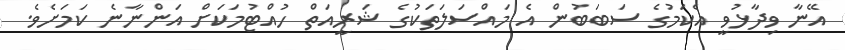
އޭނާ ވިދާޅުވީ އެކަމުގެ ސަބަބުން އެ މައްސަލަތަކުގެ ޝަރީއަތް ހުއްޓުމަކަށް އަންނާނެ ކަމަށެވެ.